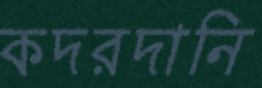
কদরদানি